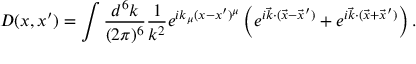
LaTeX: D ( x , x ^ { \prime } ) = \int { \frac { d ^ { 6 } k } { ( 2 \pi ) ^ { 6 } } } { \frac { 1 } { k ^ { 2 } } } e ^ { i k _ { \mu } ( x - x ^ { \prime } ) ^ { \mu } } \left( e ^ { i { \vec { k } } \cdot ( { \vec { x } } - { \vec { x } } ^ { \prime } ) } + e ^ { i { \vec { k } } \cdot ( { \vec { x } } + { \vec { x } } ^ { \prime } ) } \right) .